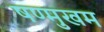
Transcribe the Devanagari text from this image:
षण्मुखम